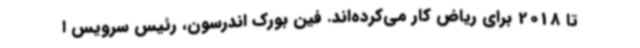
تا 2018 برای ریاض کار می‌کرده‌اند. فین بورک اندرسون، رئیس سرویس ا